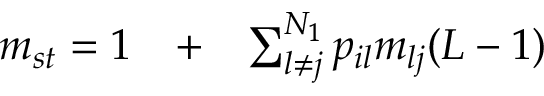
\begin{array} { r l r } { m _ { s t } = 1 } & { { } + } & { \sum _ { l \neq j } ^ { N _ { 1 } } p _ { i l } m _ { l j } ( L - 1 ) } \end{array}